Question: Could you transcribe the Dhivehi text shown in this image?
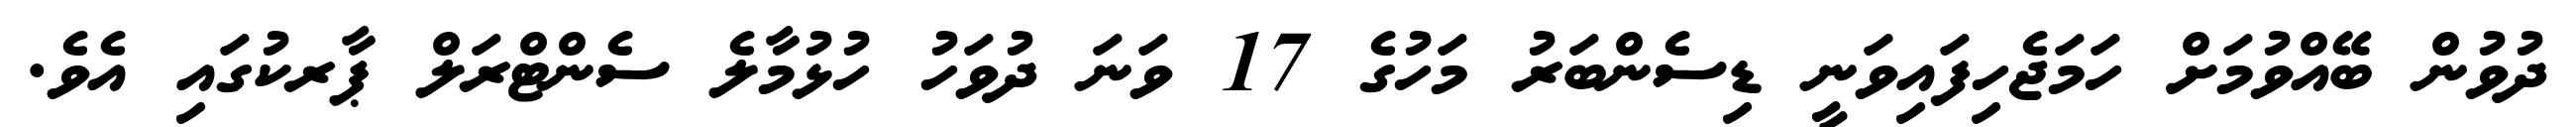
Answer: ދުވުން ބޭއްވުމަށް ހަމަޖެހިފައިވަނީ ޑިސެންބަރު މަހުގެ 17 ވަނަ ދުވަހު ހުޅުމާލެ ސެންޓްރަލް ޕާރކުގައި އެވެ.